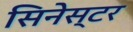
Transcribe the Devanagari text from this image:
सिनेस्टर